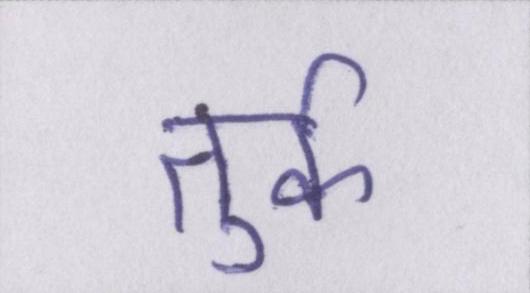
तुर्क